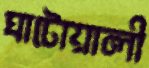
ঘাটোয়ালী